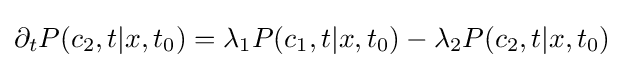
\partial _{t}P(c_{2},t|x,t_{0})=\lambda _{1}P(c_{1},t|x,t_{0})-\lambda _{2}P(c_{2},t|x,t_{0})